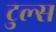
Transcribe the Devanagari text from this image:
टुल्स